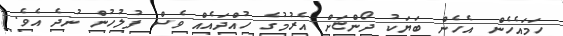
ހަމައެހެން އެހެން ބަޔަކު ދޯންޏަށް އެރުމުގެ ހުއްދައެއް ވެސް ފުލުހުން ނުދެ އެވެ.